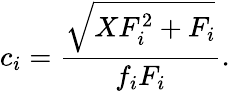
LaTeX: c_{i}=\frac{\sqrt{XF_{i}^{2}+F_{i}}}{f_{i}F_{i}}.